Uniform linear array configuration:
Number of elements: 24
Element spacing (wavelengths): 0.5
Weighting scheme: exponential
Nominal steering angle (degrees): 0
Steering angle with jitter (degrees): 1.598
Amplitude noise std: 0.05
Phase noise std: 0.05

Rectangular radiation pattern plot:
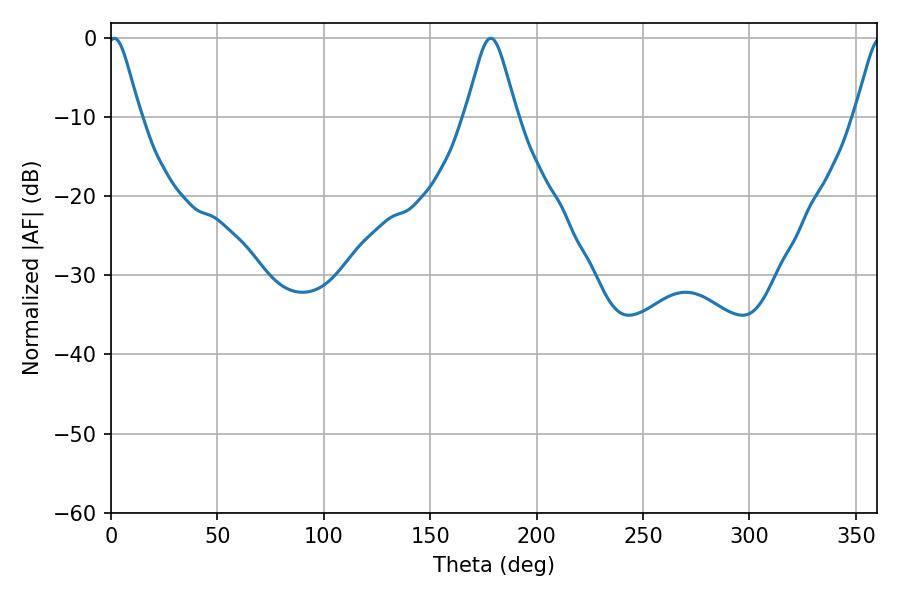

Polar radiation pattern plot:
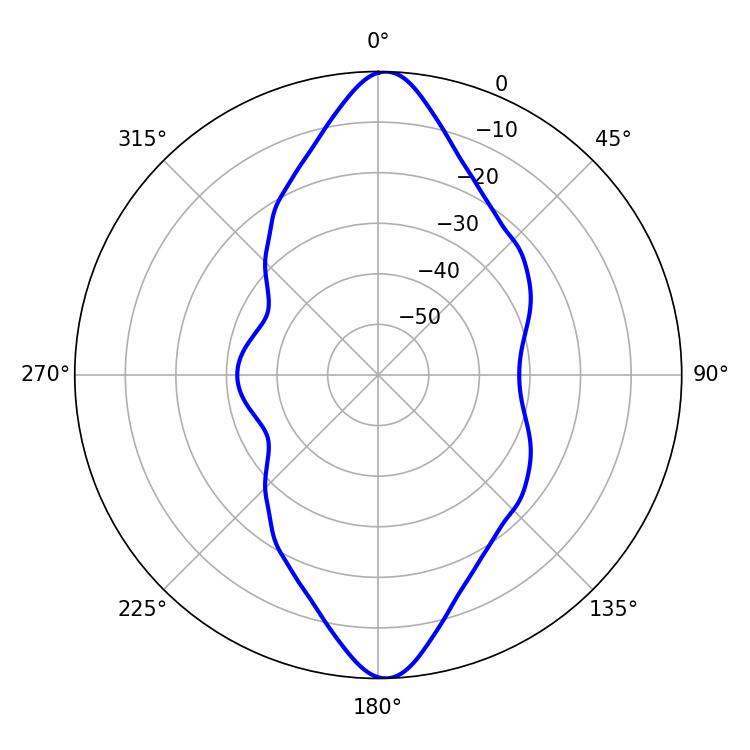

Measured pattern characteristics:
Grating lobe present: FALSE
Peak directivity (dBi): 20.846
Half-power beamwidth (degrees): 7.38
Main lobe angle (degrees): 1.62